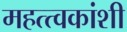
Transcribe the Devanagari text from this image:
महत्त्वकांशी